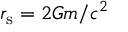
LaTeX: r _ { \mathrm { s } } = { 2 G m } / { c ^ { 2 } }